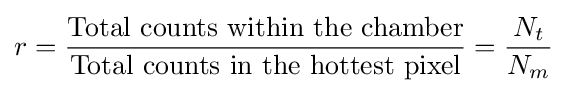
r={\frac {\text{Total counts within the chamber}}{\text{Total counts in the hottest pixel}}}={\frac {N_{t}}{N_{m}}}